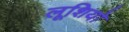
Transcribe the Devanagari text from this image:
लूशियो